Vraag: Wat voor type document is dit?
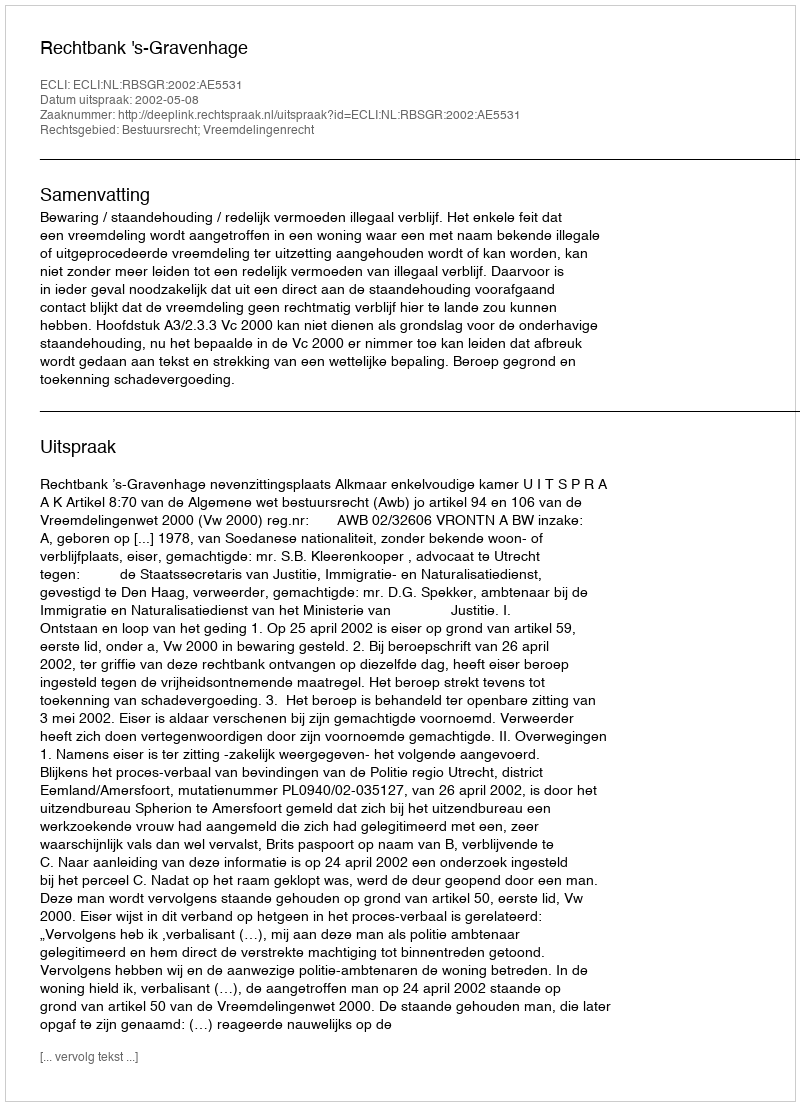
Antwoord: Uitspraak